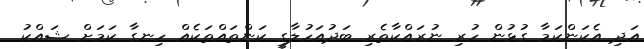
އަދި އެކަންކަމާ ގުޅުން ހުރި ނުރައްކާތެރި ބަދުއަހުލާގީ ކަންތައްތަކެއް ހިނގާ ކަމަށް ޝައްކު